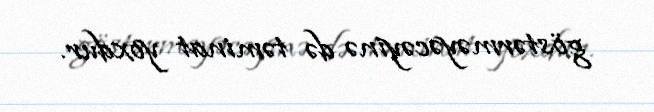
göstərməyəcəyinə də təminat yoxdur.